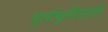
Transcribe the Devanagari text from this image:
मुलांमुलींसाठी